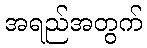
အရည်အတွက်